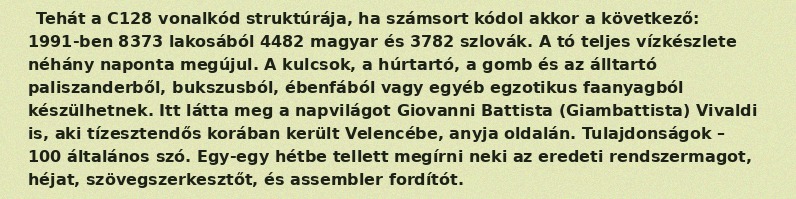
Tehát a C128 vonalkód struktúrája, ha számsort kódol akkor a következő: 1991-ben 8373 lakosából 4482 magyar és 3782 szlovák. A tó teljes vízkészlete néhány naponta megújul. A kulcsok, a húrtartó, a gomb és az álltartó paliszanderből, bukszusból, ébenfából vagy egyéb egzotikus faanyagból készülhetnek. Itt látta meg a napvilágot Giovanni Battista (Giambattista) Vivaldi is, aki tízesztendős korában került Velencébe, anyja oldalán. Tulajdonságok – 100 általános szó. Egy-egy hétbe tellett megírni neki az eredeti rendszermagot, héjat, szövegszerkesztőt, és assembler fordítót.